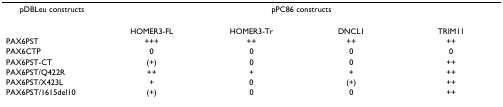
| pDBLeu constructs | <COLSPAN=4> pPC86 constructs |
 | --- | --- | --- | --- | --- |
 |  | HOMER3-FL | HOMER3-Tr | DNCL1 | TRIM11 |
 | PAX6PST | +++ | ++ | ++ | ++ |
 | PAX6CTP | 0 | 0 | 0 | 0 |
 | PAX6PST-CT | (+) | 0 | 0 | ++ |
 | PAX6PST/Q422R | ++ | + | + | ++ |
 | PAX6PST/X423L | + | 0 | (+) | ++ |
 | PAX6PST/1615del10 | (+) | 0 | 0 | ++ |